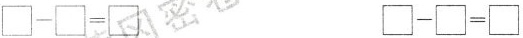
$$\Box - \Box = \Box$$ $$\Box - \Box = \Box$$